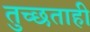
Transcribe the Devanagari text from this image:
तुच्छताही